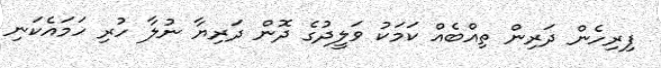
ފިރިހެން ދަރިން ތިއްބެއް ކަމަކު ވަލީދުގެ ދޮން ދަރިޔާ ނުލާ ހުރި ހަމައެކަނި